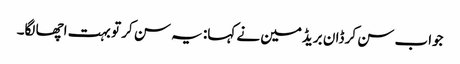
جواب سن کر ڈان بریڈمین نے کہا: یہ سن کر تو بہت اچھا لگا۔